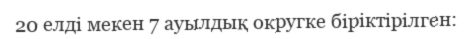
20 елді мекен 7 ауылдық округке біріктірілген: